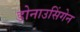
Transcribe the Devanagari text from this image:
डोनाउसिंगेन